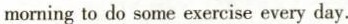
morning to do some exercise every day.